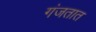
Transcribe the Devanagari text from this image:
गंजतात